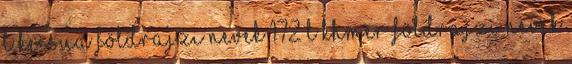
L kecsua földrajzi nevek‎ 172 L khmer földrajzi nevek‎